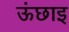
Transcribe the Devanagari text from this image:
ऊंछाइ